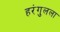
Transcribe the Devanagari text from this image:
हरंगुलला